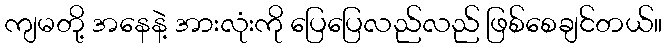
ကျမတို့ အနေနဲ့ အားလုံးကို ပြေပြေလည်လည် ဖြစ်စေချင်တယ်။